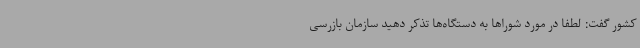
کشور گفت: لطفا در مورد شوراها به دستگاه‌ها تذکر دهید سازمان بازرسی